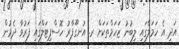
އަދި އެ ހަމަލާގައި ލިބުނު ޒަހަމްތަކަށް ރ. އުނގޫފާރު ހޮސްޕިޓަލްގައި ފަރުވާ ދެމުން